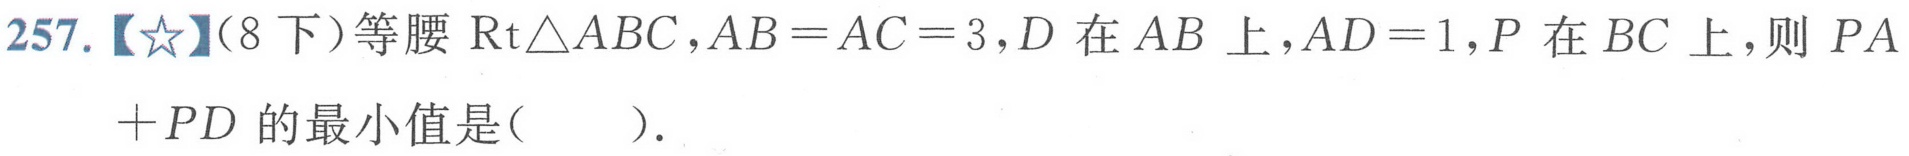
257.【★】(8下)等腰\(\text{Rt}\triangle ABC\)，\(AB = AC = 3\)，\(D\)在\(AB\)上，\(AD = 1\)，\(P\)在\(BC\)上，则 \(PA+PD\)的最小值是(  ).